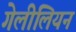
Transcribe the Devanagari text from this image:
गेलीलियन